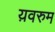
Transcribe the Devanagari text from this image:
य़वरुम